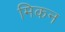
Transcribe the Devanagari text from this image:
मिकन